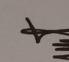
Signature authenticity: genuine